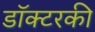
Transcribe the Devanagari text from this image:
डॉक्टरकी